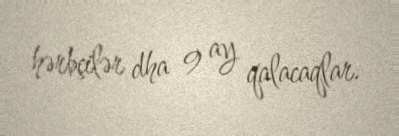
hərbçilər dha 9 ay qalacaqlar.